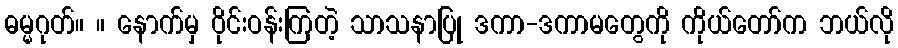
ဓမ္မဂုတ်။ ။ နောက်မှ ဝိုင်းဝန်းကြတဲ့ သာသနာပြု ဒကာ-ဒကာမတွေကို ကိုယ်တော်က ဘယ်လို